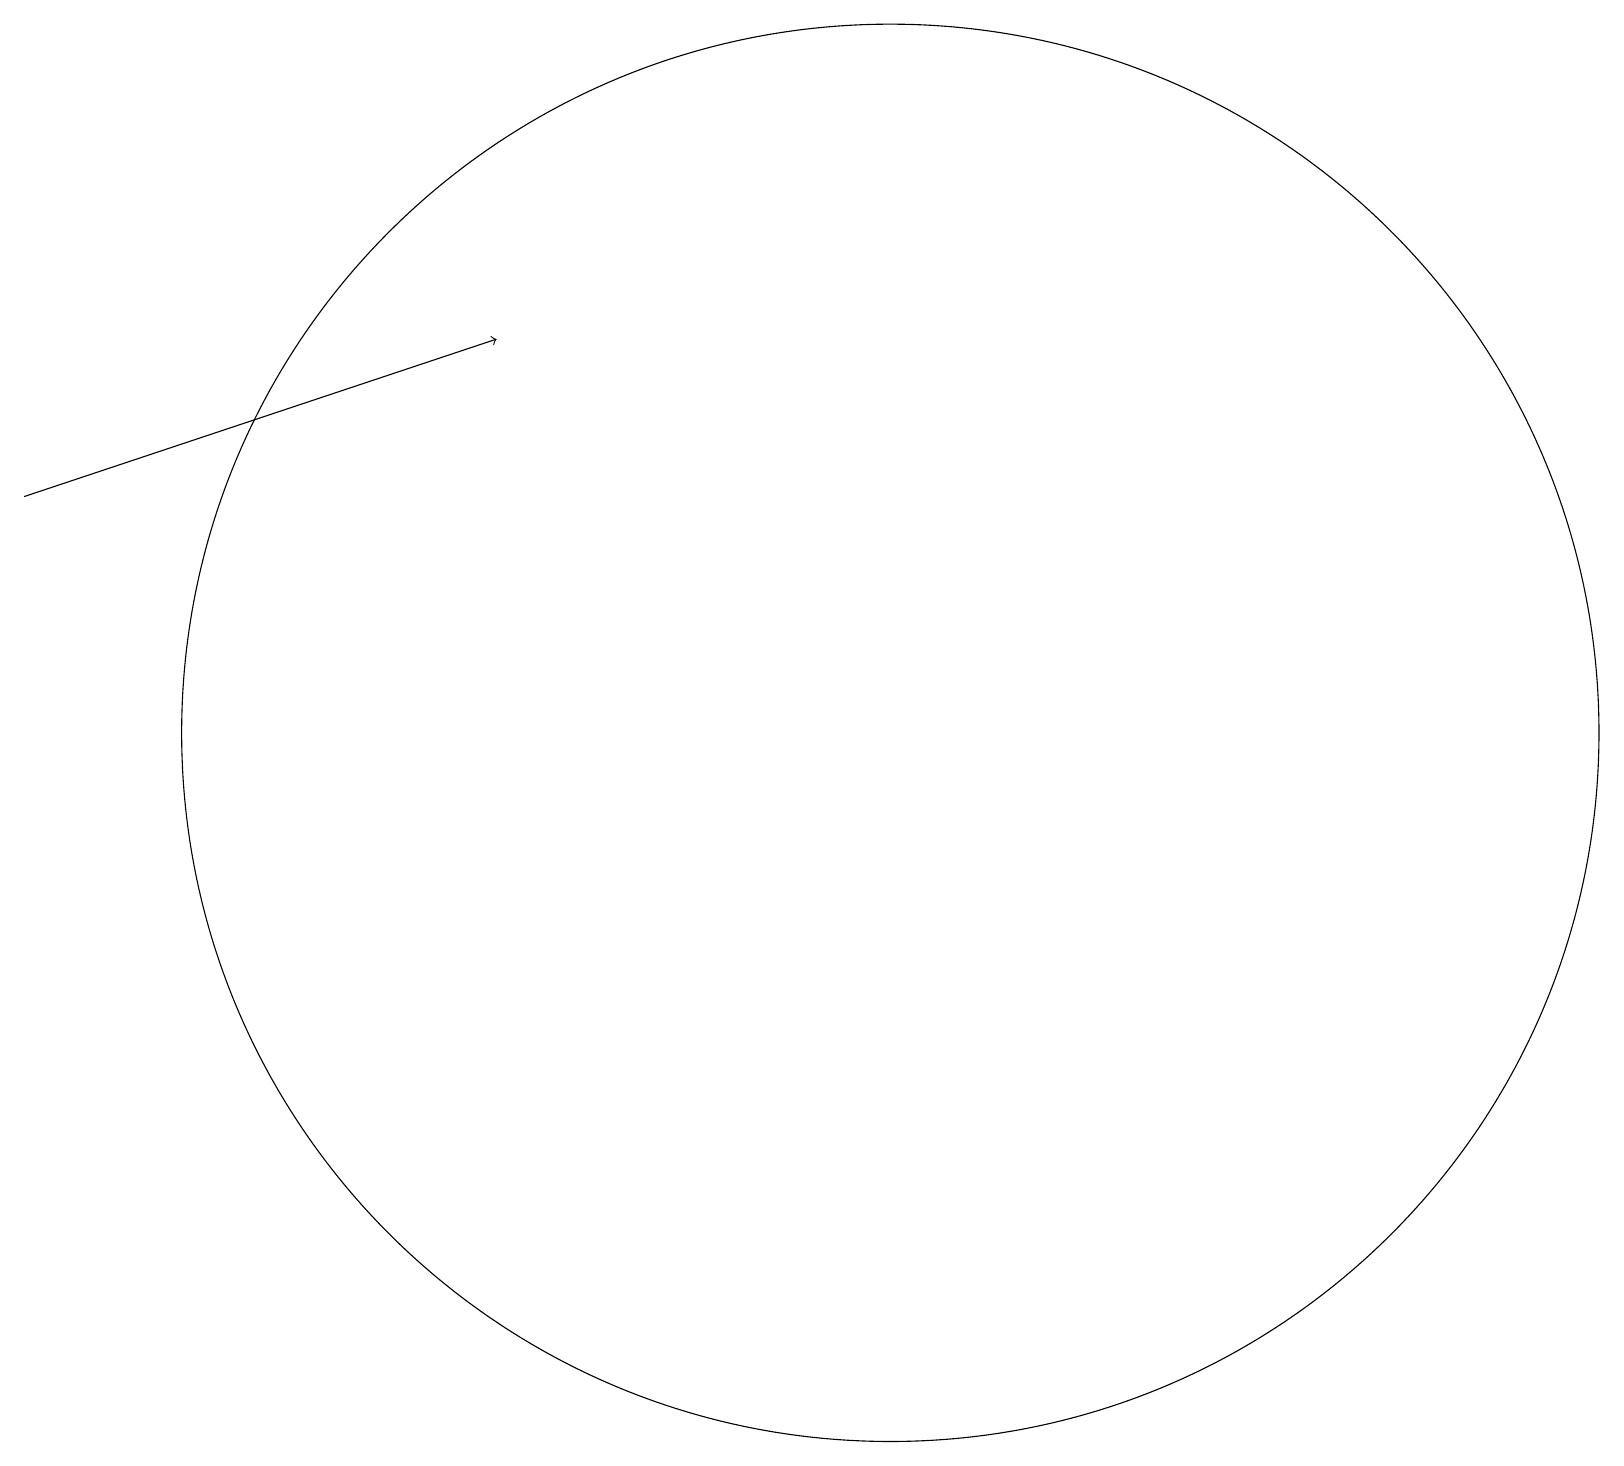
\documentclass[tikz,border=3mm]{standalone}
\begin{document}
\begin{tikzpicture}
\draw[->] (0,14) -- (6,16);
\draw (11,11) circle (9);
\draw (11,10) circle (0);
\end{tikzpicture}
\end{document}